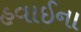
હવાઈના